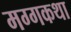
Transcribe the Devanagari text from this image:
मग्गकथा